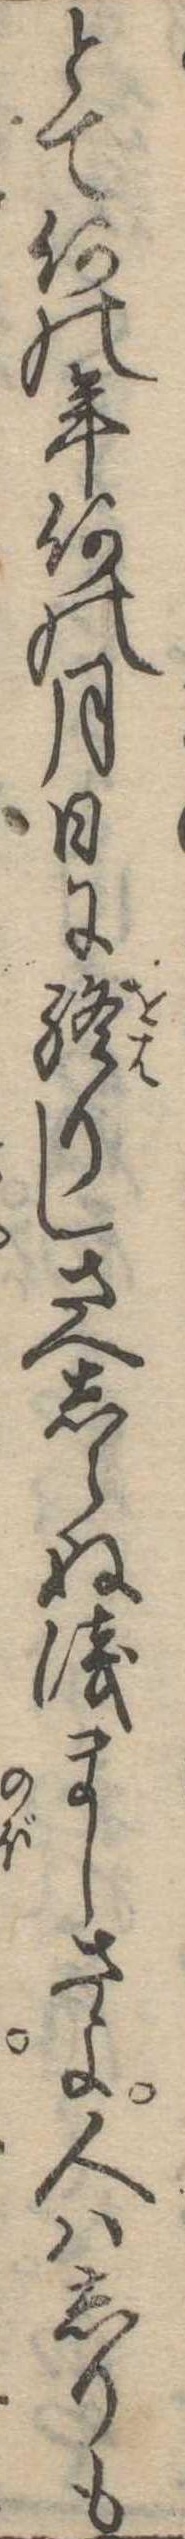
とて何の年何の月日に終りしさへしらぬ浅ましさよ人はしりも